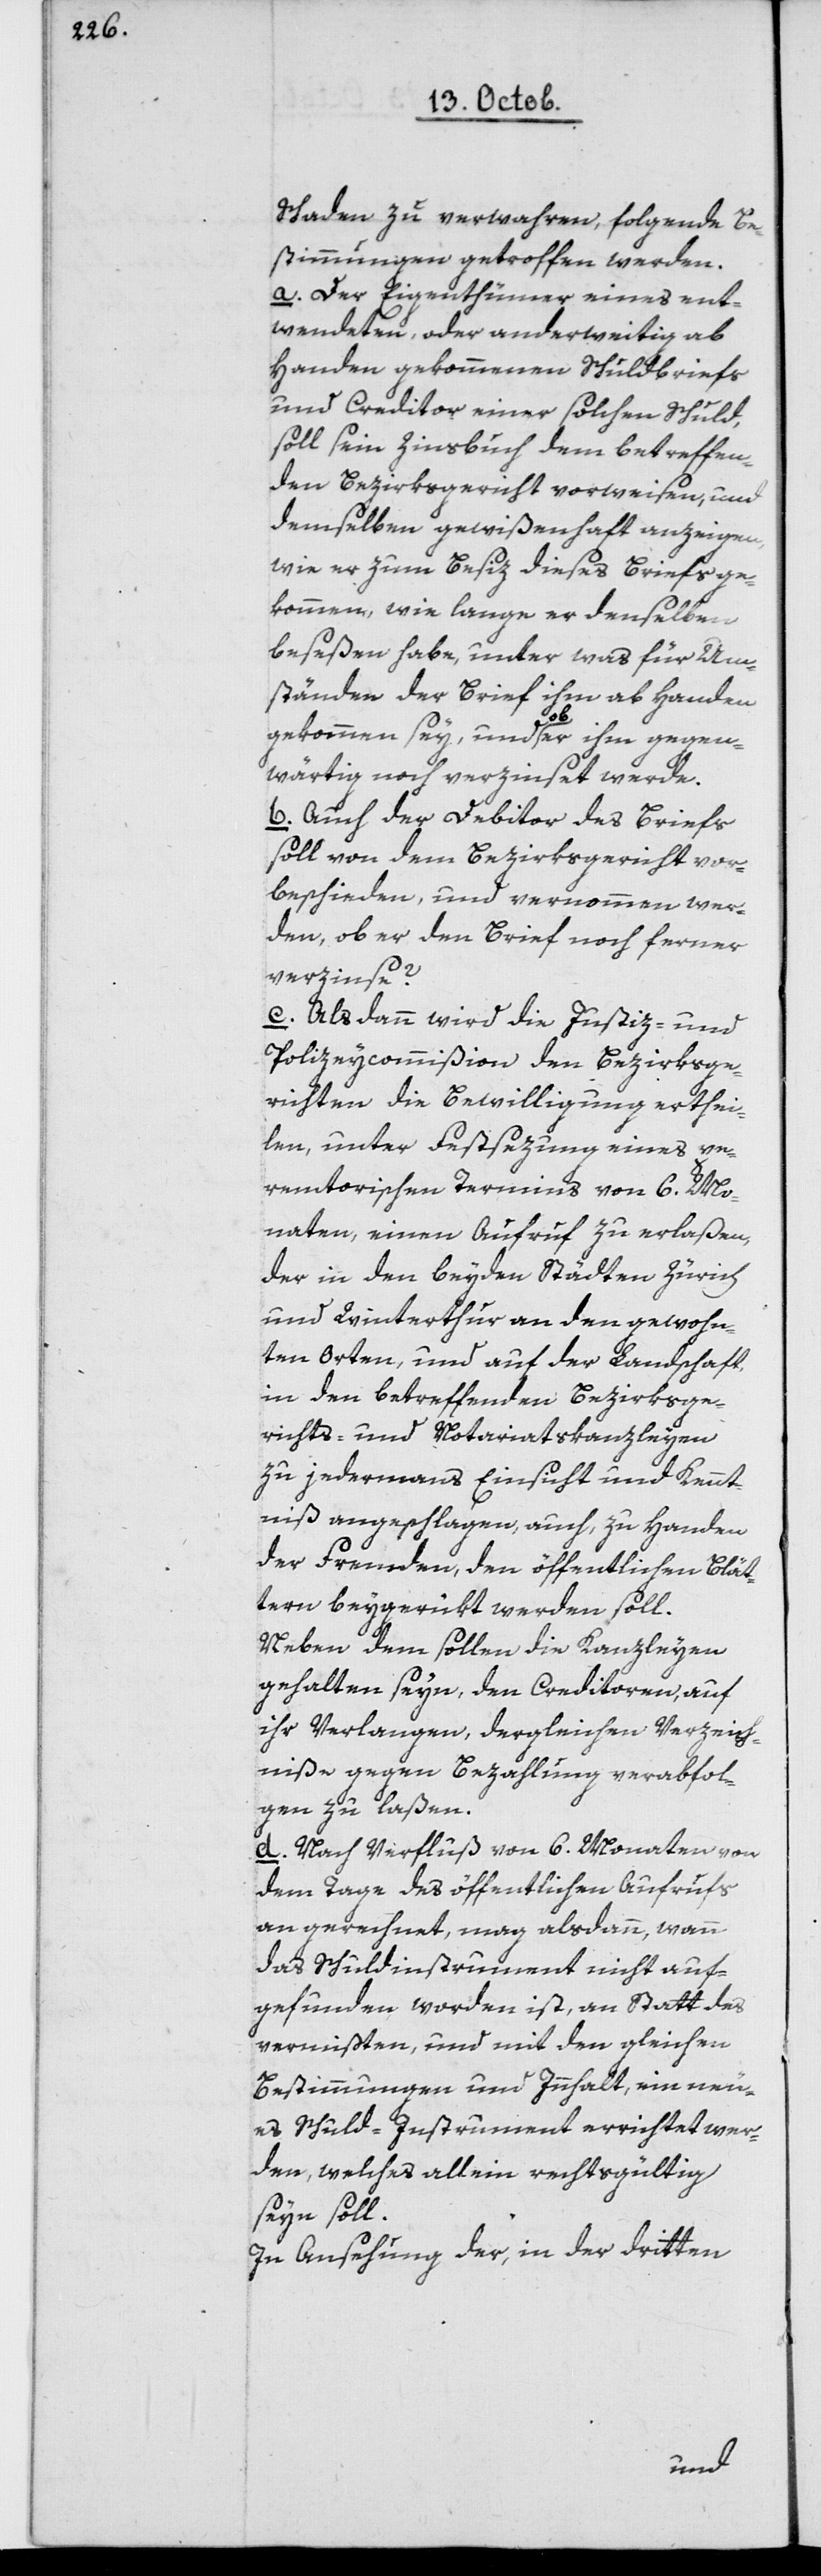
Schaden zu bewahren, folgende Be¬
stimmungen getroffen werden.
a. Der Eigenthümer eines ent¬
wendeten, oder anderweitig ab¬
handen gekommenen Schuldbriefs
und Creditor einer solchen Schuld,
soll sein Zinsbuch dem betreffen¬
den Bezirksgericht vorweisen, und
demselben gewißenhaft anzeigen,
wie er zum Besiz dieses Briefs ge¬
kommen, wie lange er denselben
beseßen habe, unter was für Um¬
ständen der Brief ihm abhanden
gekommen sey und ob er ihm gegen¬
wärtig noch verzinset werde.
b. Auch der Debitor des Briefs
soll von dem Bezirksgericht vor¬
beschieden, und vernommen wer¬
den, ob er den Brief noch ferner
verzinse?
c. Als dann wird die Justiz- und
Polizeycommißion den Bezirksge¬
richten die Bewilligung erthei¬
len, unter Festsezung eines pe¬
remtorischen Termins von 6 Mo¬
naten einen Aufruf zu erlaßen,
der in den beiden Städten Zürich
und Winterthur an den gewohn¬
ten Orten, und auf der Landschaft
in den betreffenden Bezirksge¬
richts- und Notariatskanzleyen
zu jedermanns Einsicht und Kennt¬
niß angeschlagen, auch, zu Handen
der Fremden, den öffentlichen Blät¬
tern beygerückt werden soll.
Neben dem sollen die Kanzleyen
gehalten seyn, den Creditoren, auf
ihr Verlangen, dergleichen Verzeich¬
niße gegen Bezahlung verabfol¬
gen zu laßen.
d. Nach Verfluß von sechs Monaten von
dem Tage des öffentlichen Aufrufs
an gerechnet, mag alsdann, wann
das Schuldinstrument nicht auf¬
gefunden worden ist, an statt des
Vermißten, und mit dem gleichen
Bestimmungen und Innhalt, ein neu¬
es Schuldinstrument errichtet wer¬
den, welches allein rechtsgültig
seyn soll.
In Ansehung der, in der dritten